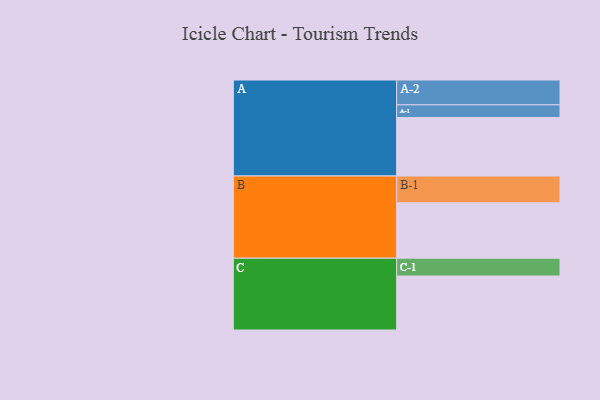
{"axis": {"x": "Segment", "y": "Value"}, "legend": ["", "A", "B", "C"], "data": [{"x": "A", "y": 556, "type": ""}, {"x": "B", "y": 527, "type": ""}, {"x": "C", "y": 513, "type": ""}, {"x": "A-1", "y": 120, "type": "A"}, {"x": "A-2", "y": 236, "type": "A"}, {"x": "B-1", "y": 254, "type": "B"}, {"x": "C-1", "y": 169, "type": "C"}]}